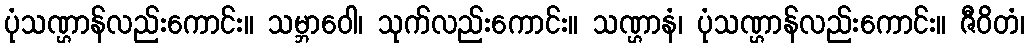
ပုံသဏ္ဌာန်လည်းကောင်း။ သမ္ဘာဝေါ၊ သုက်လည်းကောင်း။ သဏ္ဌာနံ၊ ပုံသဏ္ဌာန်လည်းကောင်း။ ဇီဝိတံ၊